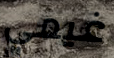
غيمي